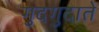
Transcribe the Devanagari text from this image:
गुदगुदाते